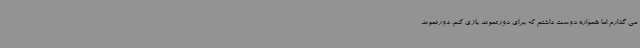
می گذارم اما همواره دوست داشتم که برای دورتموند بازی کنم. دورتموند